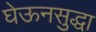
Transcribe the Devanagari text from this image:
घेऊनसुद्धा